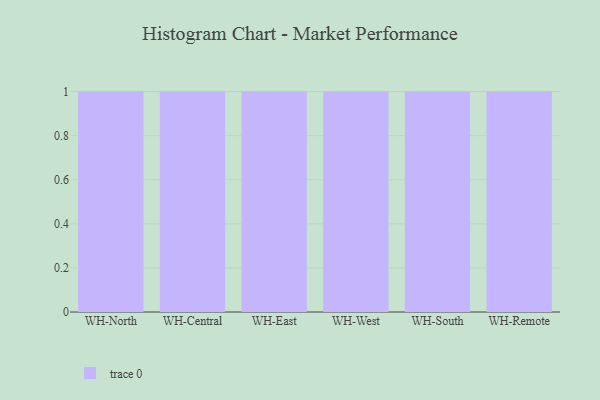
{"axis": {"x": "Warehouse", "y": "Churn Rate (%)"}, "legend": [""], "data": [{"x": "WH-North", "y": 15, "type": ""}, {"x": "WH-Central", "y": 19, "type": ""}, {"x": "WH-East", "y": 18, "type": ""}, {"x": "WH-West", "y": 79, "type": ""}, {"x": "WH-South", "y": 99, "type": ""}, {"x": "WH-Remote", "y": 76, "type": ""}]}